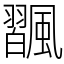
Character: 飁